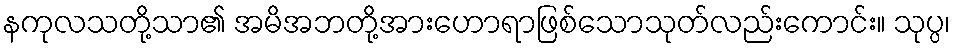
နကုလသတို့သာ၏ အမိအဘတို့အားဟောရာဖြစ်သောသုတ်လည်းကောင်း။ သုပ္ပ၊